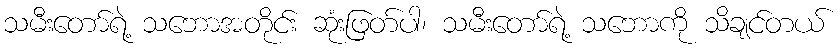
သမီးတော်ရဲ့ သဘောအတိုင်း ဆုံးဖြတ်ပါ၊ သမီးတော်ရဲ့ သဘောကို သိချင်တယ်